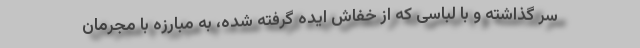
سر گذاشته و با لباسی که از خفاش ایده گرفته شده، به مبارزه با مجرمان